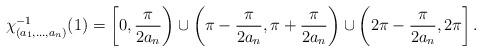
LaTeX: \begin{align*} \chi_{(a_1,\ldots,a_n)}^{-1}(1)=\left[0,\frac{\pi}{2 a_n}\right) \cup \left(\pi-\frac{\pi}{2 a_n},\pi +\frac{\pi}{2 a_n} \right) \cup \left(2\pi-\frac{\pi}{2a_n}, 2 \pi \right].\end{align*}